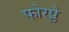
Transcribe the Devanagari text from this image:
फोरप्ले